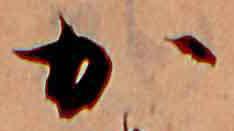
か